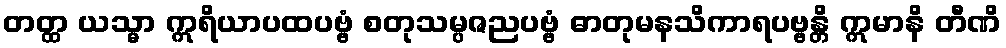
တတ္ထ ယသ္မာ ဣရိယာပထပဗ္ဗံ စတုသမ္ပဇညပဗ္ဗံ ဓာတုမနသိကာရပဗ္ဗန္တိ ဣမာနိ တီဏိ